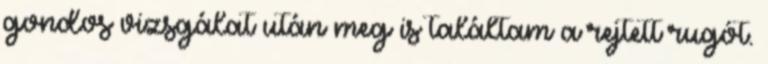
gondos vizsgálat után meg is találtam a rejtett rugót.